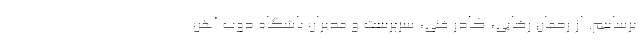
برسانیم. از رحمان رضایی، کادر فنی، سرپرست و مدیران باشگاه ذوب آهن